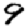
Digit: 9